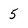
Character: 5